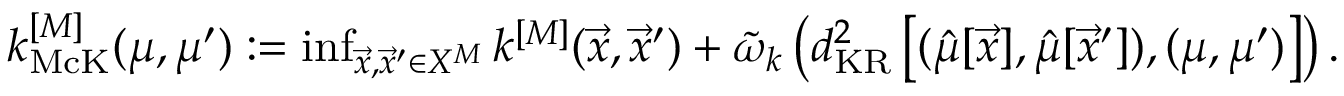
\begin{array} { r } { k _ { \mathrm { M c K } } ^ { [ M ] } ( \mu , \mu ^ { \prime } ) : = \operatorname* { i n f } _ { \vec { x } , \vec { x } ^ { \prime } \in X ^ { M } } k ^ { [ M ] } ( \vec { x } , \vec { x } ^ { \prime } ) + \tilde { \omega } _ { k } \left( d _ { \mathrm { K R } } ^ { 2 } \left[ ( \hat { \mu } [ \vec { x } ] , \hat { \mu } [ \vec { x } ^ { \prime } ] ) , ( \mu , \mu ^ { \prime } ) \right] \right) { . } } \end{array}